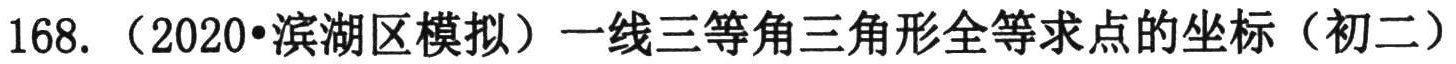
168.（2020•滨湖区模拟）一线三等角三角形全等求点的坐标（初二）